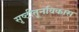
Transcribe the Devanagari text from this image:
सृष्टीतूनविकास